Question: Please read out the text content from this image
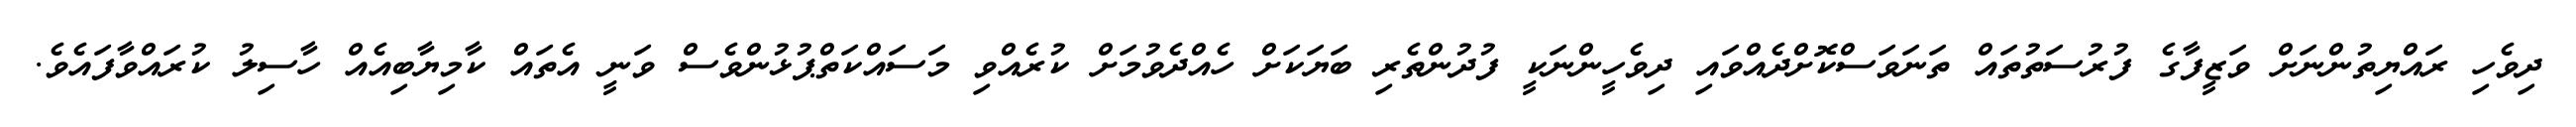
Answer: ދިވެހި ރައްޔިތުންނަށް ވަޒީފާގެ ފުރުސަތުތައް ތަނަވަސްކޮށްދެއްވައި ދިވެހީންނަކީ ފުދުންތެރި ބަޔަކަށް ހެއްދެވުމަށް ކުރެއްވި މަސައްކަތްޕުޅުންވެސް ވަނީ އެތައް ކާމިޔާބިއެއް ހާސިލު ކުރައްވާފައެވެ.